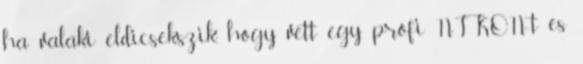
ha valaki eldicsekszik, hogy vett egy profi NIKON-t es